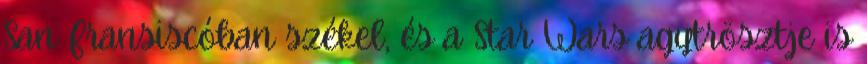
San Fransiscóban székel, és a Star Wars agytrösztje is